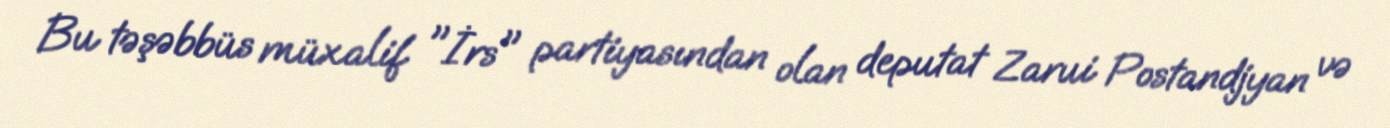
Bu təşəbbüs müxalif "İrs" partiyasından olan deputat Zarui Postandjyan və